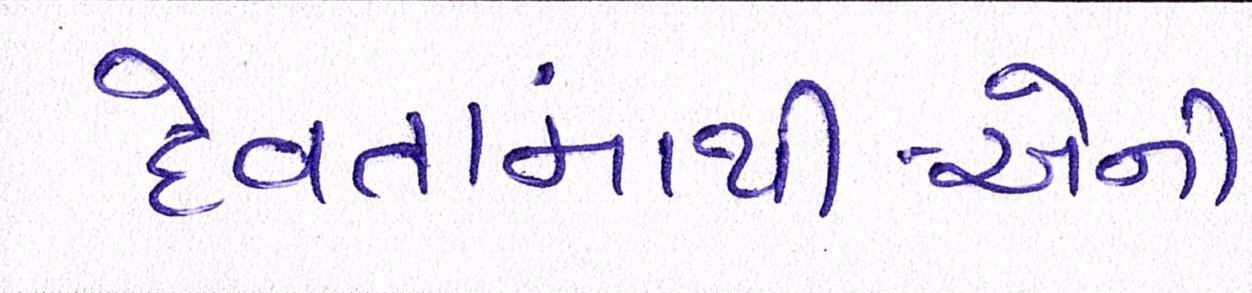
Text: દેવતામાંથી-એની